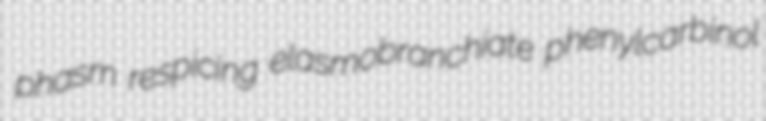
phasm respicing elasmobranchiate phenylcarbinol